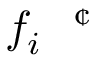
f _ { i } ^ { \mathrm { ~ \textit ~ { ~ \textcent ~ } ~ } }